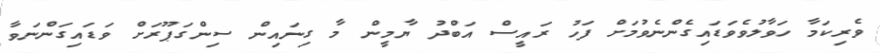
ވެރިކަމާ ހަވާލުވެވަޑައިގެންނެވުމަށް ފަހު ރައީސް އަބްދު ޔާމީން މާ ގިނައިން ސިންގަޕޫރަށް ވަޑައިގަންނަވާ